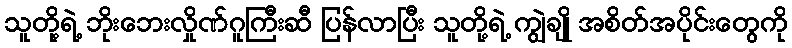
သူတို့ရဲ့ ဘိုးဘေးလှိုဏ်ဂူကြီးဆီ ပြန်လာပြီး သူတို့ရဲ့ ကျွဲချို အစိတ်အပိုင်းတွေကို